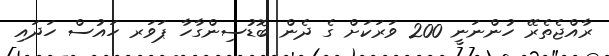
ރާއްޖެތެރޭ ހުންނަނީ 200 ވަރަކަށް ގެ ދެން ބޮޑުސިންގާހާ ޕަވަރ ހައުސް ހަދައި